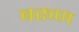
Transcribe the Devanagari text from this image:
बरूण